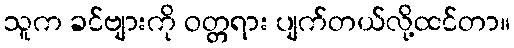
သူက ခင်ဗျားကို ဝတ္တရား ပျက်တယ်လို့ထင်တာ။